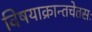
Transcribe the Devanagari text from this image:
विषयाक्रान्तचेतसः